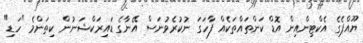
ޔޫއްޕެގެ އެކްޓިންއިން އޮޑް ކަންތައްތަކެއް ފާހަގަ ނުކުރެވުނަސް އޭނާގެ ޑައިރަކްޝަނުން ކިތަންމެ "ހަޑި"